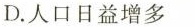
D.人口日益增多